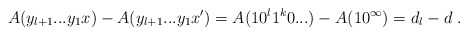
\begin{align*}A(y_{l+1}...y_1x) - A(y_{l+1}...y_1x') = A(10^{l}1^k0...) - A(10^\infty) = d_l -d \ .\end{align*}